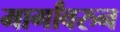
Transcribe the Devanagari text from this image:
मार्गांवरुन